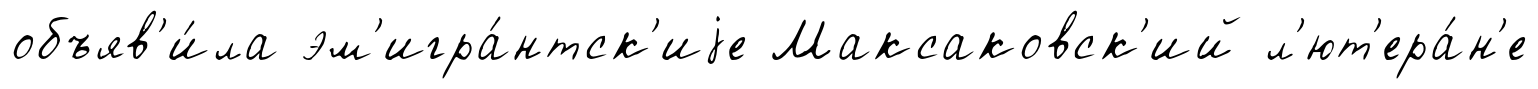
объяв'и́ла эм'игра́нтск'иjе Максаковск'ий л'ют'ера́н'е